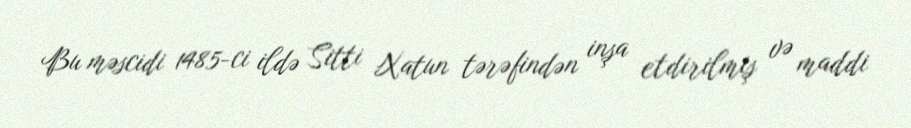
Bu məscidi 1485-ci ildə Sitti Xatun tərəfindən inşa etdirilmiş və maddi